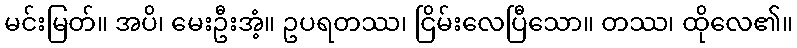
မင်းမြတ်။ အပိ၊ မေးဦးအံ့။ ဥပရတဿ၊ ငြိမ်းလေပြီသော။ တဿ၊ ထိုလေ၏။